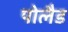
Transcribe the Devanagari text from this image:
पोलैड